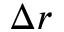
\Delta r